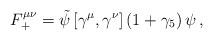
LaTeX: \begin{align*}F_+^{\mu\nu} = \tilde \psi \left[ \gamma^\mu, \gamma^\nu \right] \left( 1+ \gamma_5 \right) \psi \,, \end{align*}